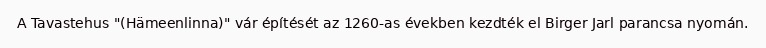
A Tavastehus "(Hämeenlinna)" vár építését az 1260-as években kezdték el Birger Jarl parancsa nyomán.